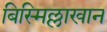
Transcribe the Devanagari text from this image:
बिस्मिल्लाखान